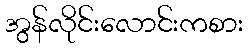
အွန်လိုင်းလောင်းကစား